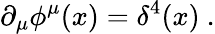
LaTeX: \partial_{\mu}\phi^{\mu}(x)=\delta^{4}(x)\ .